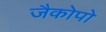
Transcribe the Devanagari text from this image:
जैकोपो